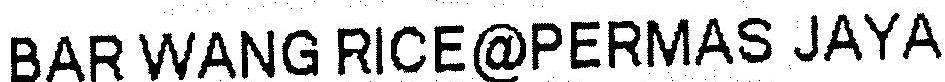
BAR WANG RICE@PERMAS JAYA